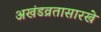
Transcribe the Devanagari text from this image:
अखंडव्रतासारखे